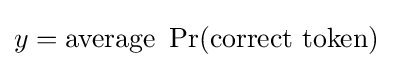
y={\text{average }}\Pr({\text{correct token}})